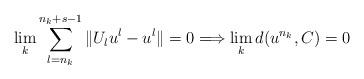
LaTeX: \begin{align*}\lim_{k}\sum_{l=n_{k}}^{n_{k}+s-1}\Vert U_{l}u^{l}-u^{l}\Vert=0\Longrightarrow \lim_{k}d(u^{n_{k}},C)=0\end{align*}